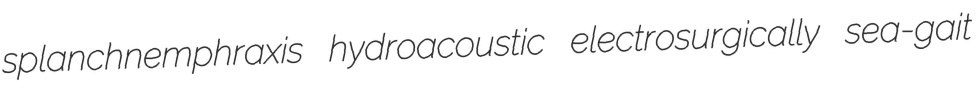
splanchnemphraxis hydroacoustic electrosurgically sea-gait